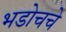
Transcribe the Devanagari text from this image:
भडोचचे